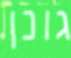
גונן